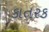
કાતરક